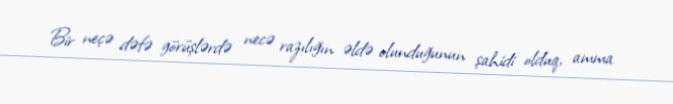
Bir neçə dəfə görüşlərdə necə razılığın əldə olunduğunun şahidi olduq, amma